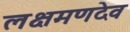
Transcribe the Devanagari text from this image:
लक्षमणदेव